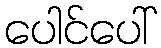
ပေါင်ပေါ်